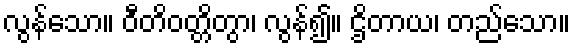
လွန်သော။ ဝီတိဝတ္တိတွာ၊ လွန်၍။ ဌိတာယ၊ တည်သော။